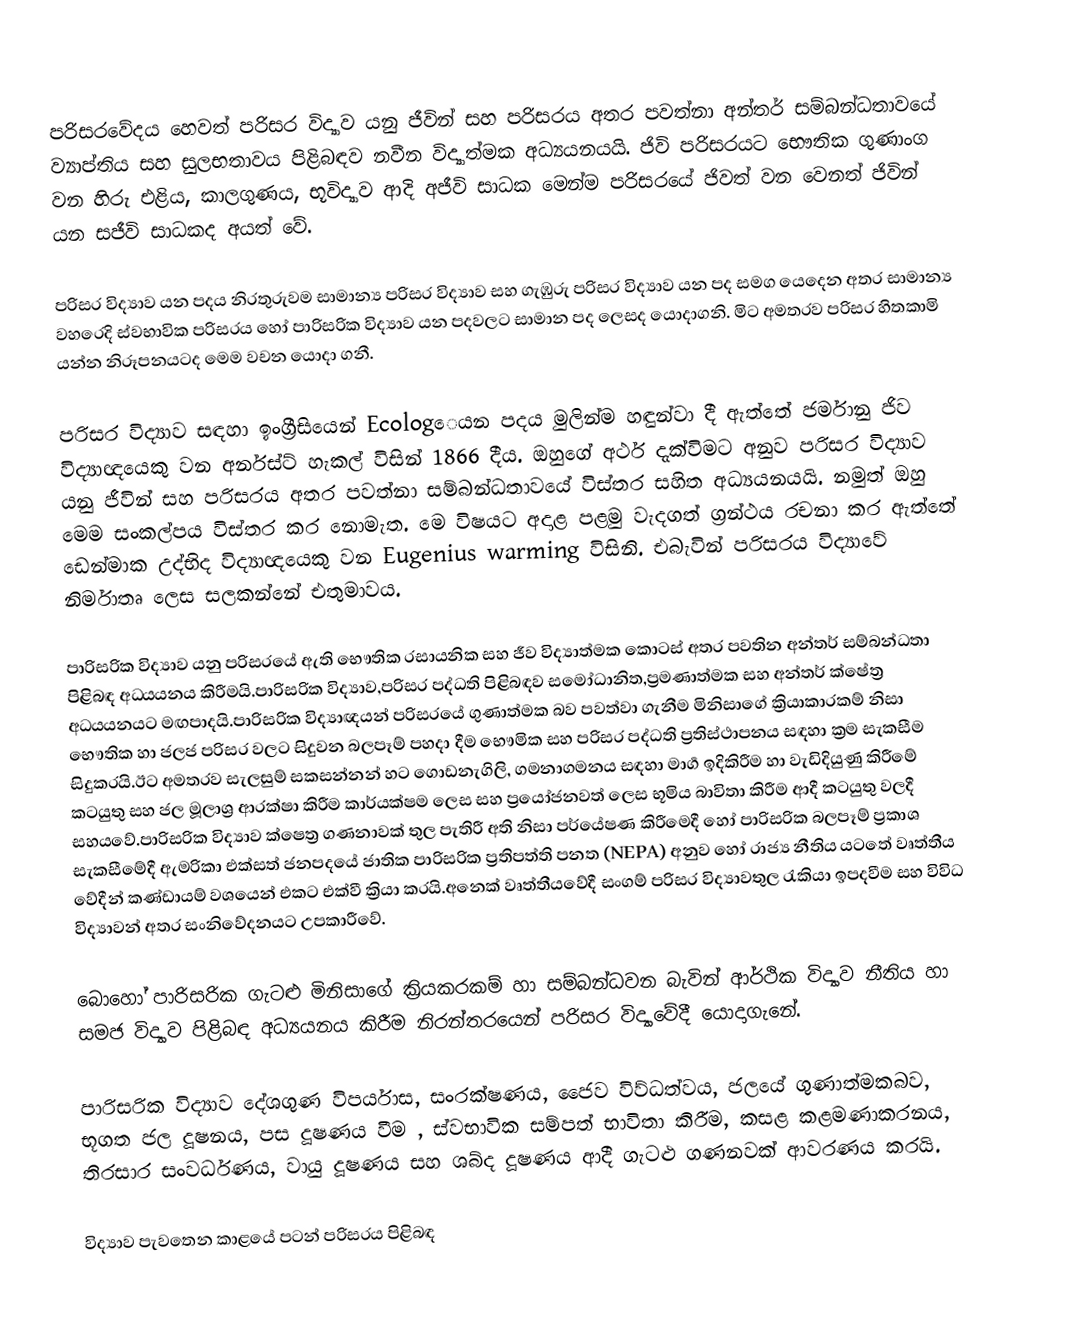
පරිසරවේදය හෙවත් පරිසර විද්‍යාව යනු ජීවින් සහ පරිසරය අතර පවත්නා අන්තර් සම්බන්ධතාවයේ ව්‍යාප්තිය සහ සුලභතාවය පිළිබඳව නවීන විද්‍යාත්මක අධ්‍යයනයයි. ජිවි පරිසරයට භෞතික ගුණාංග වන හිරු එළිය, කාලගුණය, භූවිද්‍යාව ආදි අජීවි සාධක මෙන්ම පරිසරයේ ජිවත් වන වෙනත් ජිවින් යන සජීවි සාධකද අයත් වේ.

පරිසර විද්‍යාව යන පදය නිරතුරුවම සාමාන්‍ය පරිසර විද්‍යාව සහ ගැඹුරු පරිසර විද්‍යාව යන පද සමග යෙදෙන අතර සාමාන්‍ය වහරෙදි ස්වභාවික පරිසරය හෝ පාරිසරික විද්‍යාව යන පදවලට සාමාන පද ලෙසද යොදාගනි. මිට අමතරව පරිසර හිතකාමි යන්න නිරූපනයටද මෙම වචන යොදා ගනී.

පරිසර විද්‍යාව සඳහා ඉංග්‍රීසියෙන් Ecolog‍ෙයන පදය මුලින්ම හඳුන්වා දී ඇත්තේ ජර්මානු ජිව විද්‍යාඥයෙකු වන අර්නස්ට් හැකල් විසින් 1866 දීය. ඔහුගේ අර්ථ දැක්විමට අනුව පරිසර විද්‍යාව යනු ජීවින් සහ පරිසරය අතර පවත්නා සම්බන්ධතාවයේ විස්තර සහිත අධ්‍යයනයයි. නමුත් ඔහු මෙම සංකල්පය විස්තර කර නොමැත. මෙ විෂයට අදාළ පළමු වැදගත් ග්‍රන්ථය රචනා කර ඇත්තේ ඩෙන්මාක උද්භිද විද්‍යාඥයෙකු වන Eugenius warming විසිනි. එබැවින් පරිසරය විද්‍යාවේ නිර්මාතෘ ලෙස සලකන්නේ එතුමාවය.

පාරිසරික විද්‍යාව යනු පරිසරයේ ඇති භෞතික රසායනික සහ ජීව විද්‍යාත්මක කොටස් අතර පවතින අන්තර් සම්බන්ධතා පිළිබඳ අධ‍්‍යයනය කිරීමයි.පාරිසරික විද්‍යාව,පරිසර පද්ධති පිළිබඳව සමෝධානිත,ප්‍රමණාත්මක සහ අන්තර් ක්ෂේත්‍ර අධ‍්‍යයනයට මඟපාදයි.පාරිසරික විද්‍යාඥයන්  පරිසරයේ ගුණාත්මක බව පවත්වා ගැනීම මිනිසාගේ ක්‍රියාකාරකම් නිසා භෞතික හා ජලජ පරිසර වලට සිදුවන බලපෑම් පහදා දීම භෞමික සහ පරිසර පද්ධති ප්‍රතිස්ථාපනය සඳහා ක්‍රම සැකසීම සිදුකරයි.ඊට අමතරව සැලසුම් සකසන්නන් හට ගොඩනැගිලි, ගමනාගමනය සඳහා මාර්‍ග ඉදිකිරීම හා වැඩිදියුණු කිරීමේ කටයුතු සහ ජල මූලාශ්‍ර  ආරක්ෂා කිරීම කාර්යක්ෂම ලෙස සහ ප්‍රයෝජනවත් ලෙස භූමිය බාවිතා කිරීම ආදී කටයුතු වලදී සහයවේ.පාරිසරික විද්‍යාව ක්ෂෙත්‍ර ගණනාවක් තුල පැතිරී අති නිසා පර්යේෂණ කිරීමෙදී හෝ පාරිසරික බලපෑම් ප්‍රකාශ සැකසීමේදී ඇමරිකා එක්සත් ජනපදයේ ජාතික පාරිසරික ප්‍රතිපත්ති පනත (NEPA) අනුව හෝ රාජ්‍ය නීතිය යටතේ වෘත්තීය වේදීන් කණ්ඩායම් වශයෙන් එකට එක්වී ක්‍රියා කරයි.අනෙක් වෘත්තීයවේදී සංගම් පරිසර විද්‍යාවතුල රැකියා ඉපදවීම සහ විවිධ විද්‍යාවන් අතර           සංනිවේදනයට  උපකාරීවේ.

බොහෝ පාරිසරික ගැටළු මිනිසාගේ ක්‍රියකරකම් හා සම්බන්ධවන බැවින් ආර්ථික විද්‍යාව  නීතිය හා සමජ විද්‍යාව  පිළිබඳ අධ්‍යයනය කිරීම  නිරන්තරයෙන් පරිසර විද්‍යාවේදී යොදාගැනේ.

පාරිසරික විද්‍යාව දේශගුණ විපර්යාස, සංරක්ෂණය, ජෛව විව්ධත්වය, ජලයේ ගුණාත්මකබව, භූගත ජල දූෂනය, පස දූෂණය  වීම , ස්වභාවික සම්පත් භාවිතා කිරීම, කසළ කළමණාකරනය, තිරසාර සංවර්ධණය, වායු දූෂණය සහ ශබ්ද දූෂණය ආදී ගැටළු ගණනවක් ආවරණය කරයි.

විද්‍යාව පැවතෙන කාළයේ පටන් පරිසරය පිළිබඳ